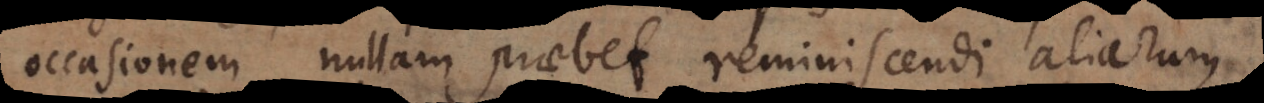
occasionem nullam praebet reminiscendi aliarum,